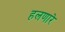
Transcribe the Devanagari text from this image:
हलणारे